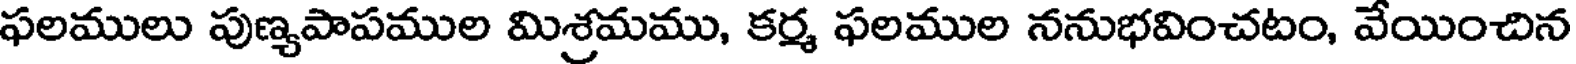
ఫలములు పుణ్యపాపముల మిశ్రమము, కర్మ ఫలముల ననుభవించటం, వేయించిన